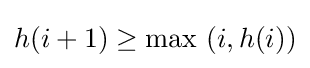
h(i+1)\geq {\text{max }}(i,h(i))